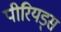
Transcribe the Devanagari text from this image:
पीरियड्स